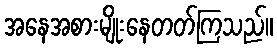
အနေအစားမျိုးနေတတ်ကြသည်။